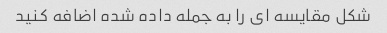
شکل مقایسه ای را به جمله داده شده اضافه کنید